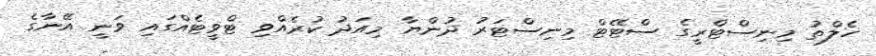
ހެލްތު މިނިސްޓްރީގެ ސްޓޭޓް މިނިސްޓަރު ދުންޔާ މިއަދު ކުރެއްވި ޓްވީޓެއްގައި ވަނީ އޭނާގެ